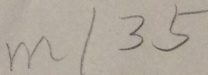
m \vert 3 5